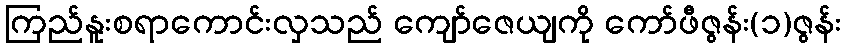
ကြည်နူးစရာကောင်းလှသည် ကျော်ဇေယျကို ကော်ဖီဇွန်း(၁)ဇွန်း